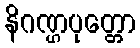
နိဂဏ္ဌပုတ္တော